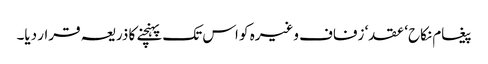
پیغام نکاح‘ عقد‘ زفاف وغیرہ کو اس تک پہنچنے کا ذریعہ قرار دیا۔